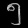
Digit: ၅